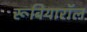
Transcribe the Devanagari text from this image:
रूबियारॉल